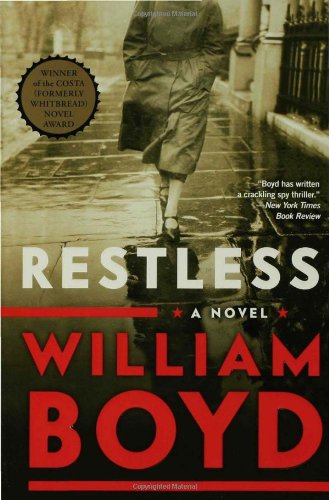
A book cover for Restless: A Novel; William Boyd; Literature & Fiction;